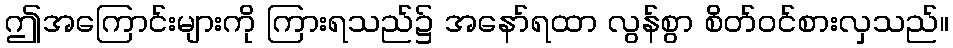
ဤအကြောင်းများကို ကြားရသည်၌ အနော်ရထာ လွန်စွာ စိတ်ဝင်စားလှသည်။